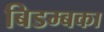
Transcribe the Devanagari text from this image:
बिडम्बका